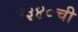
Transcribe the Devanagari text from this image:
ए३४०ची